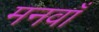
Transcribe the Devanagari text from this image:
मनवाँ